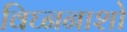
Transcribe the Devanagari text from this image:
विघ्ननाशो